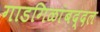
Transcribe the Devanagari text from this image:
गाडगिळांबद्दल